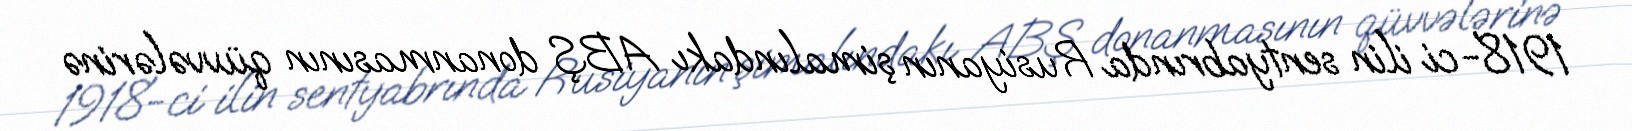
1918-ci ilin sentyabrında Rusiyanın şimalındakı ABŞ donanmasının qüvvələrinə